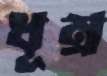
ধূম্র